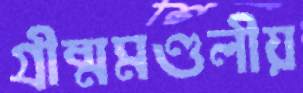
গ্রীষ্মমণ্ডলীয়